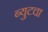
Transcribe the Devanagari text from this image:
ब्युटचा